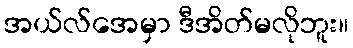
အယ်လ်အေမှာ ဒီအိတ်မလိုဘူး။